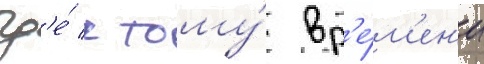
гд'е́ к тому́ вр'е́м'ен'и